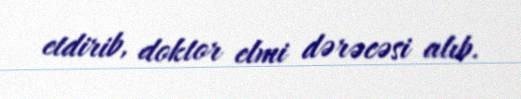
etdirib, doktor elmi dərəcəsi alıb.